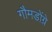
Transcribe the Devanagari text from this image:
गौमडोंग्रे